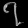
Digit: ၇